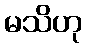
မသိဟု